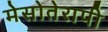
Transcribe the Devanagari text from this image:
मेसोतेरापी